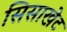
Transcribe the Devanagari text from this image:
सिसाखेट